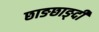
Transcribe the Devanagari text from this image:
छाङछाङ्दी